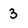
Character: 3